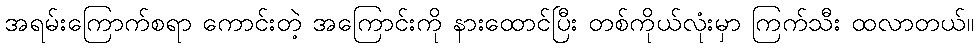
အရမ်းကြောက်စရာ ကောင်းတဲ့ အကြောင်းကို နားထောင်ပြီး တစ်ကိုယ်လုံးမှာ ကြက်သီး ထလာတယ်။